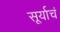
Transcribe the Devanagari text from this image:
सूर्याचं